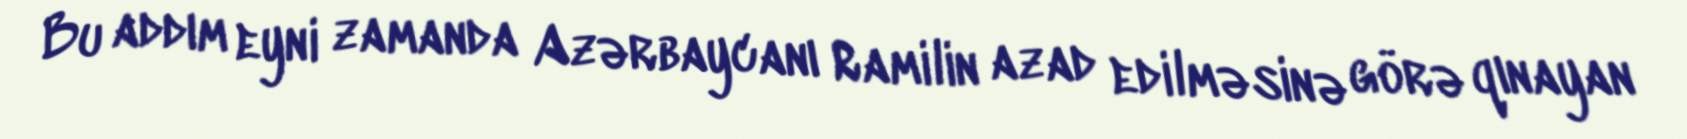
Bu addım eyni zamanda Azərbaycanı Ramilin azad edilməsinə görə qınayan